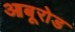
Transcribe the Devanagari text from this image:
आबूरोड